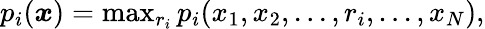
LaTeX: \begin{array}{r}{p_{i}({\boldsymbol x})=\operatorname*{max}_{r_{i}}p_{i}(x_{1},x_{2},...,r_{i},...,x_{N}),}\end{array}